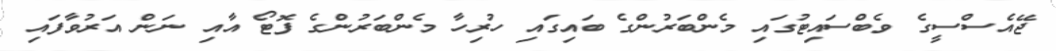
ޖޭއެސްސީގެ ވެބްސައިޓުގައި މެންބަރުންގެ ބައިގައި ހުރިހާ މެންބަރުންގެ ފޮޓޯ އާއި ނަން އަރުވާފައި